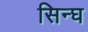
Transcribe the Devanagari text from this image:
सिन्घ